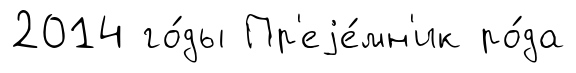
2014 го́ды Пр'еjе́мн'ик ро́да